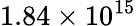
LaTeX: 1.84\times 10^{15}